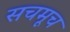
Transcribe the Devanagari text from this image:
सचमूच